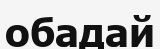
обадай